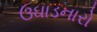
ઉઘાડનારો